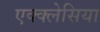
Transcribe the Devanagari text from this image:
एक्क्लेसिया